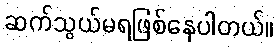
ဆက်သွယ်မရဖြစ်နေပါတယ်။